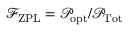
\mathcal { F } _ { \mathrm { Z P L } } = \mathcal { P } _ { \mathrm { o p t } } / \mathcal { P } _ { \mathrm { T o t } }